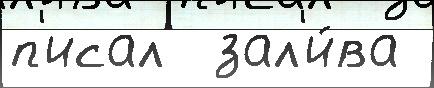
п'исал  зал'и́ва